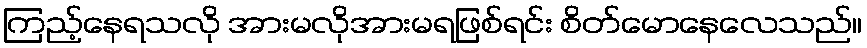
ကြည့်နေရသလို အားမလိုအားမရဖြစ်ရင်း စိတ်မောနေလေသည်။